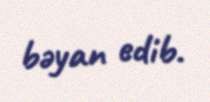
bəyan edib.